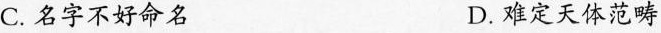
C. 名字不好命名D. 难定天体范畴